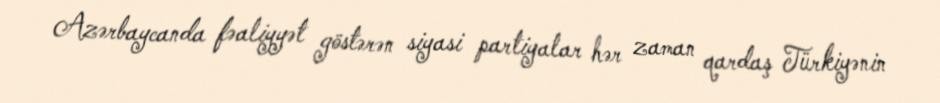
Azərbaycanda fəaliyyət göstərən siyasi partiyalar hər zaman qardaş Türkiyənin